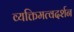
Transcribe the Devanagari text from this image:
व्यक्तिमत्वदर्शन